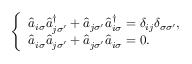
\begin{array} { r } { \left\{ \begin{array} { l l } { \hat { a } _ { i \sigma } \hat { a } _ { j \sigma ^ { \prime } } ^ { \dagger } + \hat { a } _ { j \sigma ^ { \prime } } \hat { a } _ { i \sigma } ^ { \dagger } = \delta _ { i j } \delta _ { \sigma { \sigma } ^ { \prime } } , } \\ { \hat { a } _ { i \sigma } \hat { a } _ { j \sigma ^ { \prime } } + \hat { a } _ { j \sigma ^ { \prime } } \hat { a } _ { i \sigma } = 0 . } \end{array} \right. } \end{array}